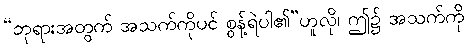
“ဘုရားအတွက် အသက်ကိုပင် စွန့်ရဲပါ၏”ဟူလို၊ ဤ၌ အသက်ကို